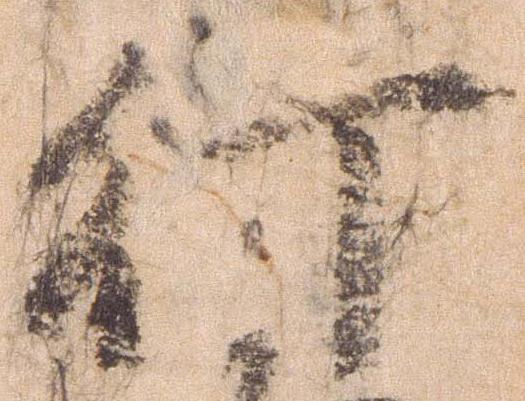
行